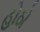
હોઠો